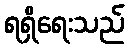
ရရှိရေးသည်